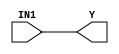
module hardcopyiii_and16 (Y, IN1);
   input [15:0] IN1;
   output [15:0] Y;
   specify
      (IN1 => Y) = (0, 0);
   endspecify
   buf (Y[0], IN1[0]);
   buf (Y[1], IN1[1]);
   buf (Y[2], IN1[2]);
   buf (Y[3], IN1[3]);
   buf (Y[4], IN1[4]);
   buf (Y[5], IN1[5]);
   buf (Y[6], IN1[6]);
   buf (Y[7], IN1[7]);
   buf (Y[8], IN1[8]);
   buf (Y[9], IN1[9]);
   buf (Y[10], IN1[10]);
   buf (Y[11], IN1[11]);
   buf (Y[12], IN1[12]);
   buf (Y[13], IN1[13]);
   buf (Y[14], IN1[14]);
   buf (Y[15], IN1[15]);
endmodule